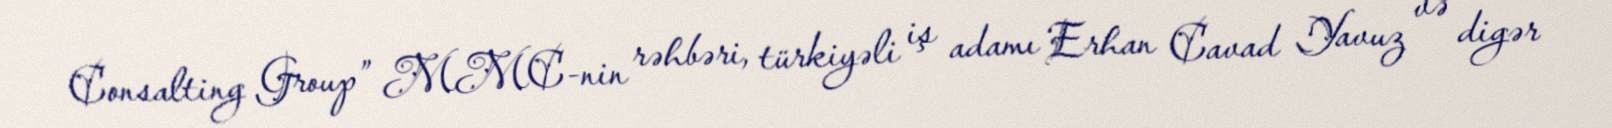
Consalting Group” MMC-nin rəhbəri, türkiyəli iş adamı Erhan Cavad Yavuz və digər